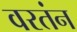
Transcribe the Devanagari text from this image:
वरतंन